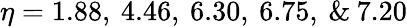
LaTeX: \eta=1.88,\: 4.46,\: 6.30,\: 6.75,\: \& \: 7.20